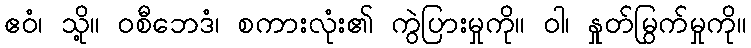
ဧဝံ၊ သို့။ ဝစီဘေဒံ၊ စကားလုံး၏ ကွဲပြားမှုကို။ ဝါ၊ နှုတ်မြွက်မှုကို။